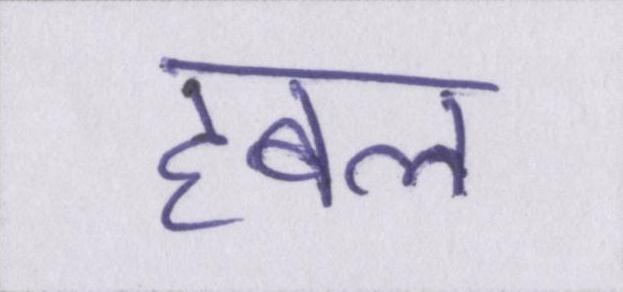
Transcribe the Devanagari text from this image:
हबल